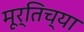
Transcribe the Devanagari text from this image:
मूर्तिच्या